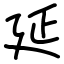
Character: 延